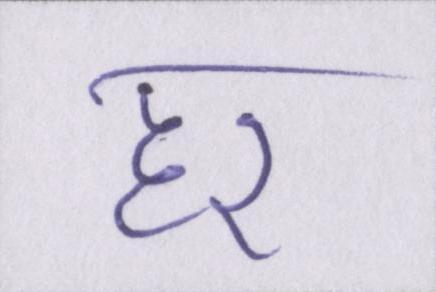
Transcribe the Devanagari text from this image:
हर